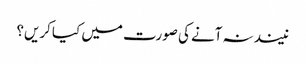
نیند نہ آنے کی صورت میں کیا کریں؟